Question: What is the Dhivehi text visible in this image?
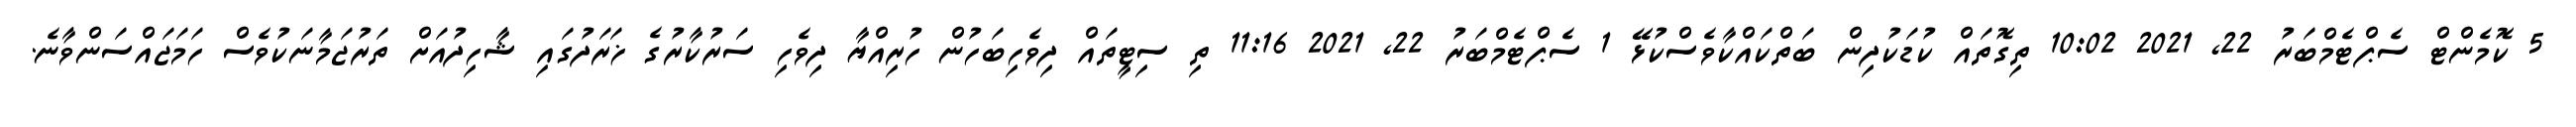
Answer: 5 ކޮމެންޓް ސެޕްޓެމްބަރު 22, 2021 10:02 ތިގޮތައް ކުޑަކުދިން ބަތްކައްކާވެސްކުޅޭ 1 ސެޕްޓެމްބަރު 22, 2021 11:16 ތި ސިޓީތައް ދިވެހިބަހުން ހުރިއްޔާ ދިވެހި ސަރުކާރުގެ ޚަރަދުގައި ޝާހިދުއަށް ތަރުޖަމާނަކުވެސް ހަމަޖައްސަންވާނެ.